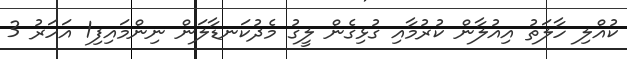
ކުއްލި ހާލަތު އިއުލާން ކުރުމާއި ގުޅިގެން ލީގު މެދުކަނޑާލަން ނިންމައިފި1 އަހަރު 3